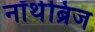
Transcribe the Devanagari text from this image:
नॉर्थब्रिज